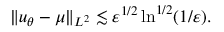
\| u _ { \theta } - \mu \| _ { L ^ { 2 } } \lesssim \varepsilon ^ { 1 / 2 } \ln ^ { 1 / 2 } ( 1 / \varepsilon ) .